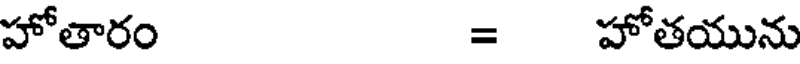
హోతారం = హోతయును